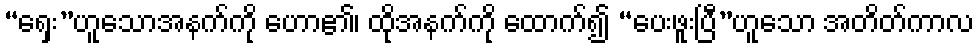
“ရှေး”ဟူသောအနက်ကို ဟော၏၊ ထိုအနက်ကို ထောက်၍ “ပေးဖူးပြီ”ဟူသော အတိတ်ကာလ